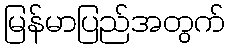
မြန်မာပြည်အတွက်